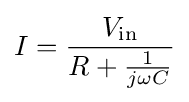
I={\frac {V_{\mathrm {in} }}{R+{\frac {1}{j\omega C}}}}